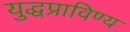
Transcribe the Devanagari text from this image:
युद्धप्राविण्य